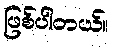
ဖြစ်ပါတယ်။